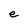
Character: e